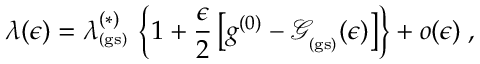
\lambda ( \epsilon ) = \lambda _ { _ \mathrm { ( g s ) } } ^ { ( \ast ) } \, \left\{ 1 + \frac { \epsilon } { 2 } \left[ g ^ { ( 0 ) } - { \mathcal G } _ { _ \mathrm { ( g s ) } } ( \epsilon ) \right] \right\} + o ( \epsilon ) \; ,